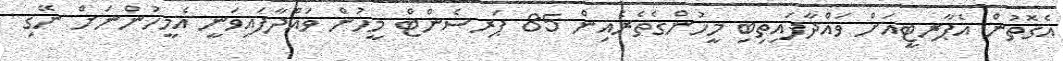
އެގޮތުން އެޕާރޓީއަށް ވައްދާފައިތިބި މީހުންގެތެރެއިން 85 ޕަރސެންޓް މީހުން ވައްދާފައިވަނީ އެމީހުންނަށް ނޭގި